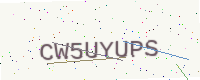
Text: CW5UYUPS